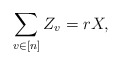
\begin{align*}\sum_{v\in[n]} Z_v = r X,\end{align*}